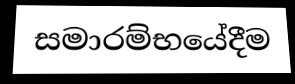
සමාරම්භයේදීම